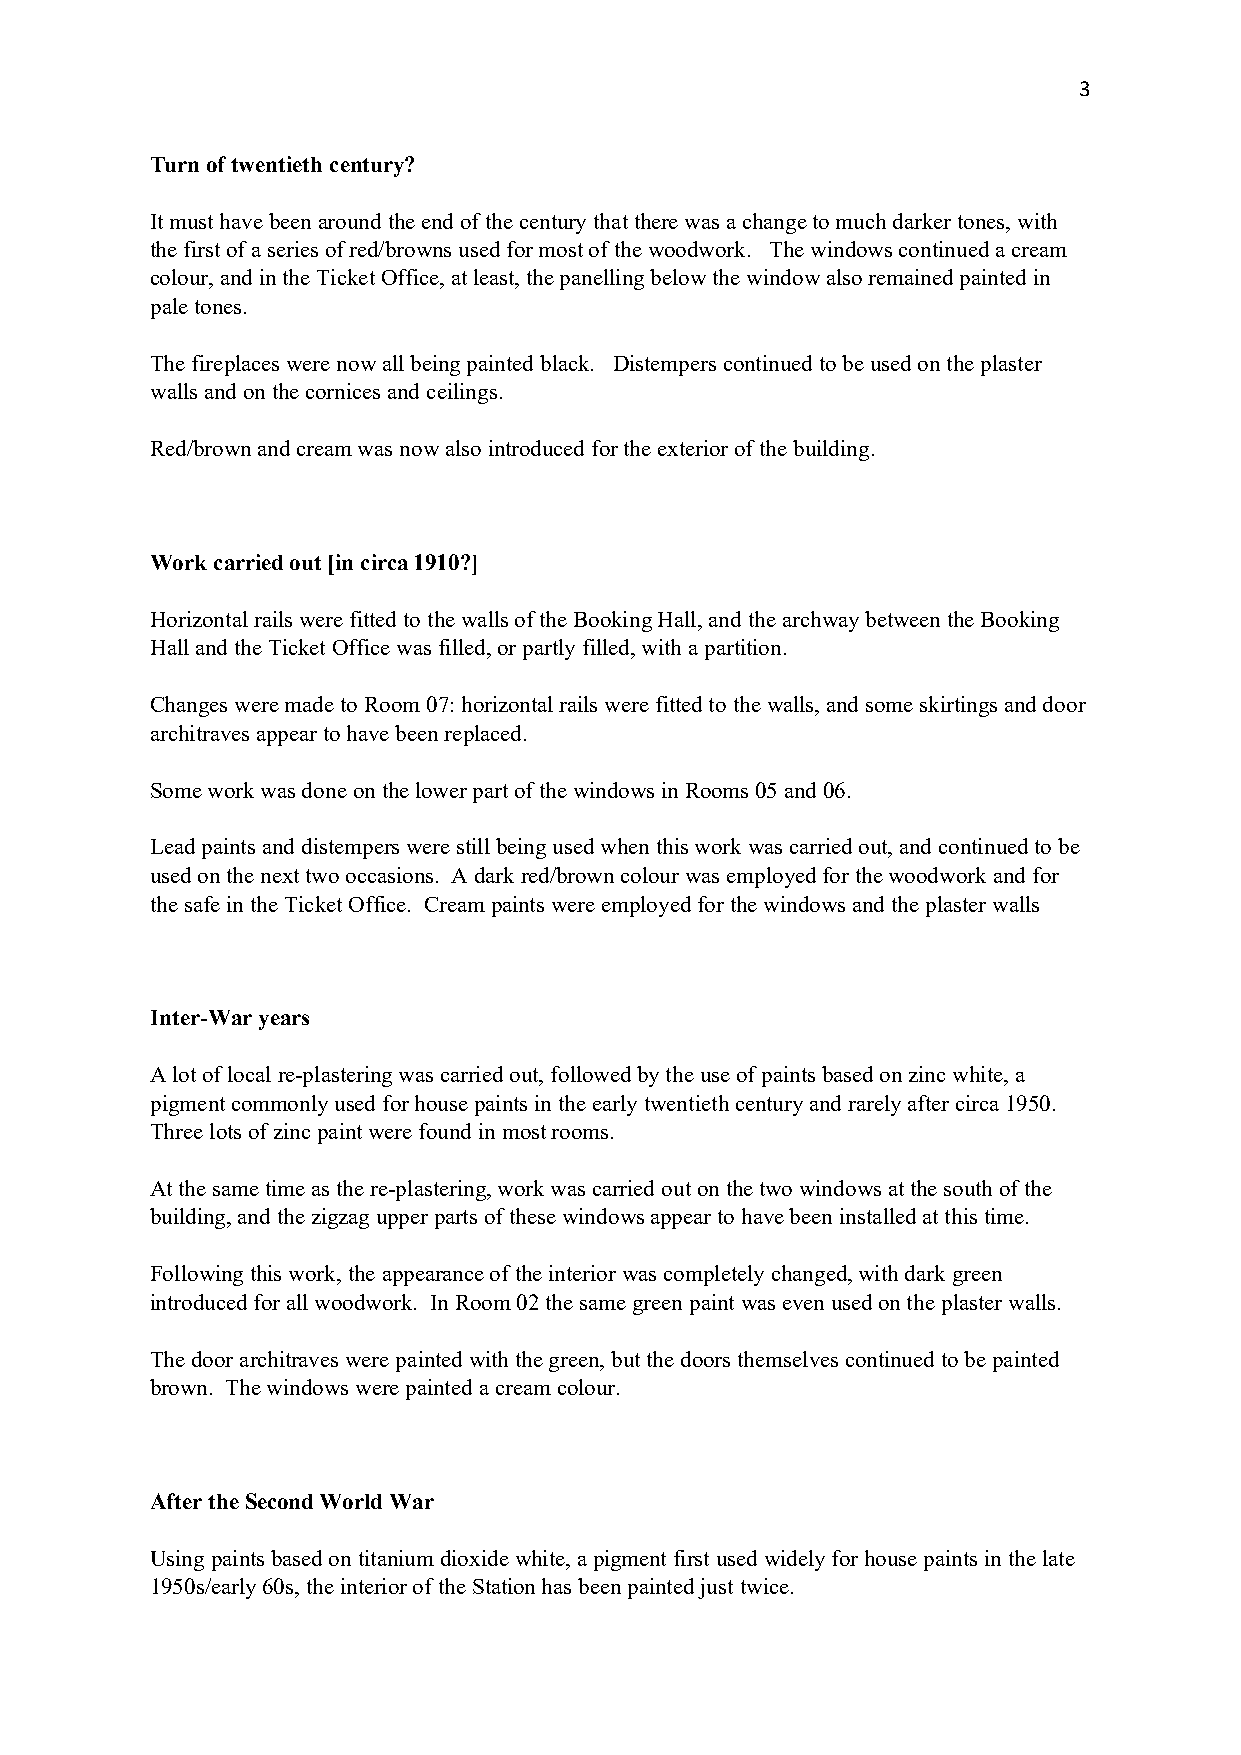
3
 Turn of twentieth century?
 It must have been around the end of the century that there was a change to much darker tones, with
 the first of a series of red/browns used for most of the woodwork. The windows continued a cream
 colour, and in the Ticket Office, at least, the panelling below the window also remained painted in
 pale tones.
 The fireplaces were now all being painted black. Distempers continued to be used on the plaster
 walls and on the cornices and ceilings.
 Red/brown and cream was now also introduced for the exterior of the building.
 Work carried out [in circa 1910?]
 Horizontal rails were fitted to the walls of the Booking Hall, and the archway between the Booking
 Hall and the Ticket Office was filled, or partly filled, with a partition.
 Changes were made to Room 07: horizontal rails were fitted to the walls, and some skirtings and door
 architraves appear to have been replaced.
 Some work was done on the lower part of the windows in Rooms 05 and 06.
 Lead paints and distempers were still being used when this work was carried out, and continued to be
 used on the next two occasions. A dark red/brown colour was employed for the woodwork and for
 the safe in the Ticket Office. Cream paints were employed for the windows and the plaster walls
 Inter-War years
 A lot of local re-plastering was carried out, followed by the use of paints based on zinc white, a
 pigment commonly used for house paints in the early twentieth century and rarely after circa 1950.
 Three lots of zinc paint were found in most rooms.
 At the same time as the re-plastering, work was carried out on the two windows at the south of the
 building, and the zigzag upper parts of these windows appear to have been installed at this time.
 Following this work, the appearance of the interior was completely changed, with dark green
 introduced for all woodwork. In Room 02 the same green paint was even used on the plaster walls.
 The door architraves were painted with the green, but the doors themselves continued to be painted
 brown. The windows were painted a cream colour.
 After the Second World War
 Using paints based on titanium dioxide white, a pigment first used widely for house paints in the late
 1950s/early 60s, the interior of the Station has been painted just twice.